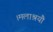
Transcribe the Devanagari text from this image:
।मलाश्रयौ